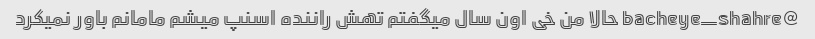
@bacheye_shahre حالا من خی اون سال میگفتم تهش راننده اسنپ میشم مامانم باور نمیکرد